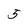
Character: 3